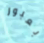
بعبور